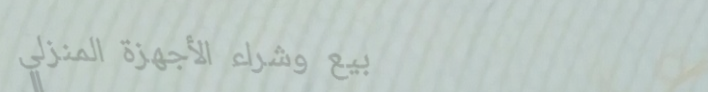
بيع وشراء الأجهزة المنزلي